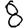
Digit: 8